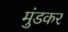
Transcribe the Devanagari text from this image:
मुंडकर